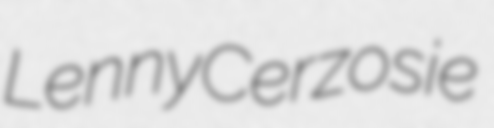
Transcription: Lenny Cerzosie